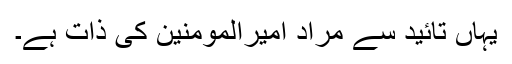
یہاں تائید سے مراد امیرالمومنین کی ذات ہے۔